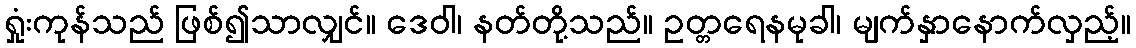
ရှုံးကုန်သည် ဖြစ်၍သာလျှင်။ ဒေဝါ၊ နတ်တို့သည်။ ဥတ္တရေနမုခါ၊ မျက်နှာနောက်လှည့်။